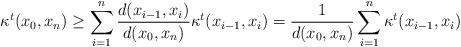
LaTeX: \begin{align*} \kappa^t ( x_0, x_n) \ge \sum_{i = 1}^n \frac{d ( x_{i - 1}, x_i)}{d ( x_0, x_n)} \kappa^t ( x_{i - 1}, x_i) = \frac{1}{d ( x_0, x_n)} \sum_{i = 1}^n \kappa^t ( x_{i - 1}, x_i) \end{align*}